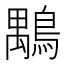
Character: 𪃍